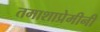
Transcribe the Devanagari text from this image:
तमाशाप्रेमीनी